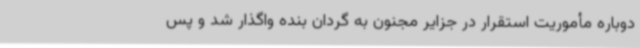
دوباره مأموریت استقرار در جزایر مجنون به گردان بنده واگذار شد و پس